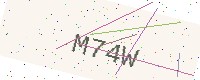
Text: M74W